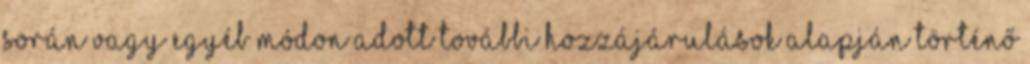
során vagy egyéb módon adott további hozzájárulások alapján történő